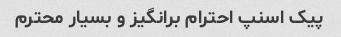
پیک اسنپ احترام برانگیز و بسیار محترم